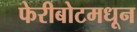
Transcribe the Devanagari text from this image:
फेरीबोटमधून